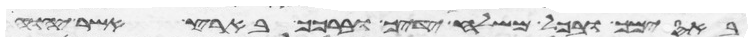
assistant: באסימך ובכל משלח ידיך וברכך בארץ אשר יהוה